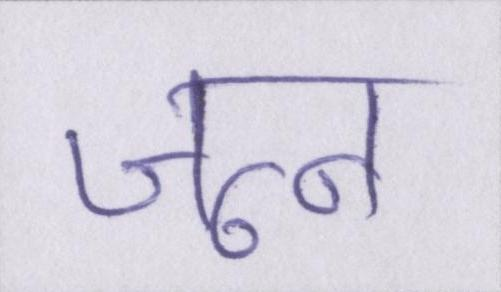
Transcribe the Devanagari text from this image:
जून